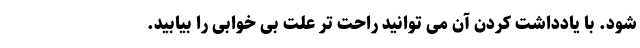
شود. با یادداشت کردن آن می توانید راحت تر علت بی خوابی را بیابید.